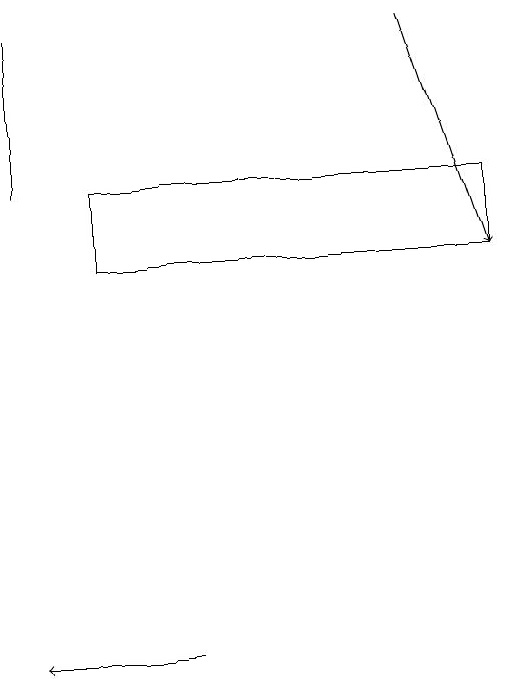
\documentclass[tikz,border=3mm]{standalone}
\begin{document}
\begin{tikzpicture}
\draw (9,17) rectangle (4,16);
\draw[->] (8,19) -- (9,16);
\draw (3,17) rectangle (3,19);
\draw[->] (5,11) -- (3,11);
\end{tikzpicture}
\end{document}